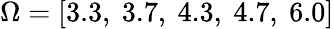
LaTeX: \Omega=[3.3,~3.7,~4.3,~4.7,~6.0]